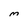
Character: M